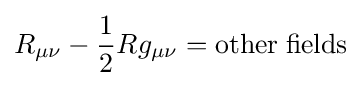
R_{\mu \nu }-{\frac {1}{2}}Rg_{\mu \nu }=\mathrm {other\;fields}